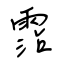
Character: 霑